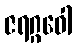
ဇရဂ္ဂဝေါ